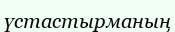
үстастырманың